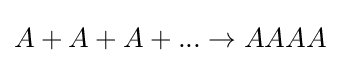
A+A+A+...\rightarrow AAAA